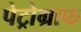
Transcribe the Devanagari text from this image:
पेट्रोग्राफ